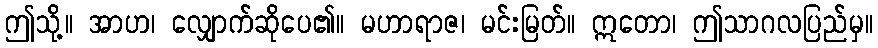
ဤသို့။ အာဟ၊ လျှောက်ဆိုပေ၏။ မဟာရာဇ၊ မင်းမြတ်။ ဣတော၊ ဤသာဂလပြည်မှ။